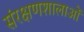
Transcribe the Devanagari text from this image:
संरक्षणशालाओं